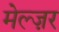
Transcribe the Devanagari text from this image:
मेल्ज़र